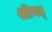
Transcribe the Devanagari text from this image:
श्रीषट्